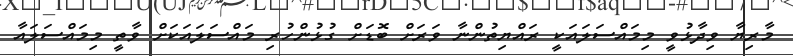
މާރިޔާ ވިދާޅުވީ މިމައްސަލައަކީ ރައްޔިތުންނާ ވަރަށް ބޮޑަށް ގުޅުންހުރި މަައްސަލައަކަށް ވާތީ މިމައްސަލައާ